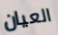
العيان